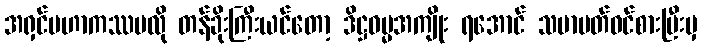
အရှင်မဟာကဿပလို တန်ခိုးကြီးယင်တော့ ဒိဋ္ဌဓမ္မအကျိုး ရအောင် သမာပတ်ဝင်စားပြီးမှ